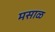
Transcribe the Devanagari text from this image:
मसाळ